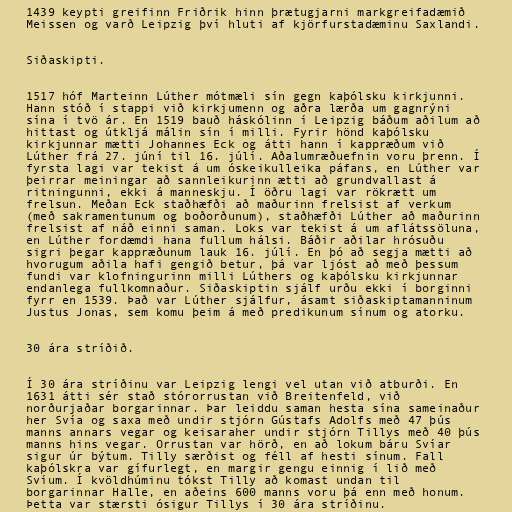
1439 keypti greifinn Friðrik hinn þrætugjarni markgreifadæmið
Meissen og varð Leipzig því hluti af kjörfurstadæminu Saxlandi.

Siðaskipti.

1517 hóf Marteinn Lúther mótmæli sín gegn kaþólsku kirkjunni.
Hann stóð í stappi við kirkjumenn og aðra lærða um gagnrýni
sína í tvö ár. En 1519 bauð háskólinn í Leipzig báðum aðilum að
hittast og útkljá málin sín í milli. Fyrir hönd kaþólsku
kirkjunnar mætti Johannes Eck og átti hann í kappræðum við
Lúther frá 27. júní til 16. júlí. Aðalumræðuefnin voru þrenn. Í
fyrsta lagi var tekist á um óskeikulleika páfans, en Lúther var
þeirrar meiningar að sannleikurinn ætti að grundvallast á
ritningunni, ekki á manneskju. Í öðru lagi var rökrætt um
frelsun. Meðan Eck staðhæfði að maðurinn frelsist af verkum
(með sakramentunum og boðorðunum), staðhæfði Lúther að maðurinn
frelsist af náð einni saman. Loks var tekist á um aflátssöluna,
en Lúther fordæmdi hana fullum hálsi. Báðir aðilar hrósuðu
sigri þegar kappræðunum lauk 16. júlí. En þó að segja mætti að
hvorugum aðila hafi gengið betur, þá var ljóst að með þessum
fundi var klofningurinn milli Lúthers og kaþólsku kirkjunnar
endanlega fullkomnaður. Siðaskiptin sjálf urðu ekki í borginni
fyrr en 1539. Það var Lúther sjálfur, ásamt siðaskiptamanninum
Justus Jonas, sem komu þeim á með predikunum sínum og atorku.

30 ára stríðið.

Í 30 ára stríðinu var Leipzig lengi vel utan við atburði. En
1631 átti sér stað stórorrustan við Breitenfeld, við
norðurjaðar borgarinnar. Þar leiddu saman hesta sína sameinaður
her Svía og saxa með undir stjórn Gústafs Adolfs með 47 þús
manns annars vegar og keisaraher undir stjórn Tillys með 40 þús
manns hins vegar. Orrustan var hörð, en að lokum báru Svíar
sigur úr býtum. Tilly særðist og féll af hesti sínum. Fall
kaþólskra var gífurlegt, en margir gengu einnig í lið með
Svíum. Í kvöldhúminu tókst Tilly að komast undan til
borgarinnar Halle, en aðeins 600 manns voru þá enn með honum.
Þetta var stærsti ósigur Tillys í 30 ára stríðinu.